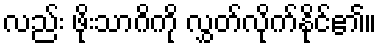
လည်း ဖိုးသာဂိကို လွှတ်လိုက်နိုင်၏။